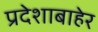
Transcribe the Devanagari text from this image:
प्रदेशाबाहेर